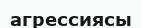
агрессиясы